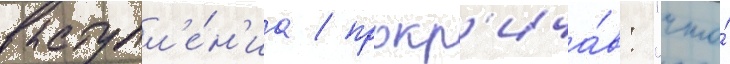
выступл'е́н'иа / прокр'ича́в: "что́